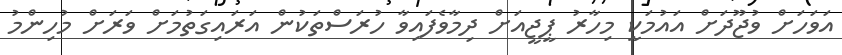
އަވަހަށް ވުޖޫދަށް އައުމަކީ މިހާރު ޕީޖީއަށް ދިމާވެފައިވާ ހުރަސްތަކުން އަރައިގަތުމަށް ވަރަށް މުހިންމު